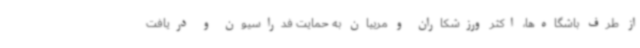
از طرف باشگاه‌ها، اکثر ورزشکاران و مربیان به حمایت فدراسیون و دریافت